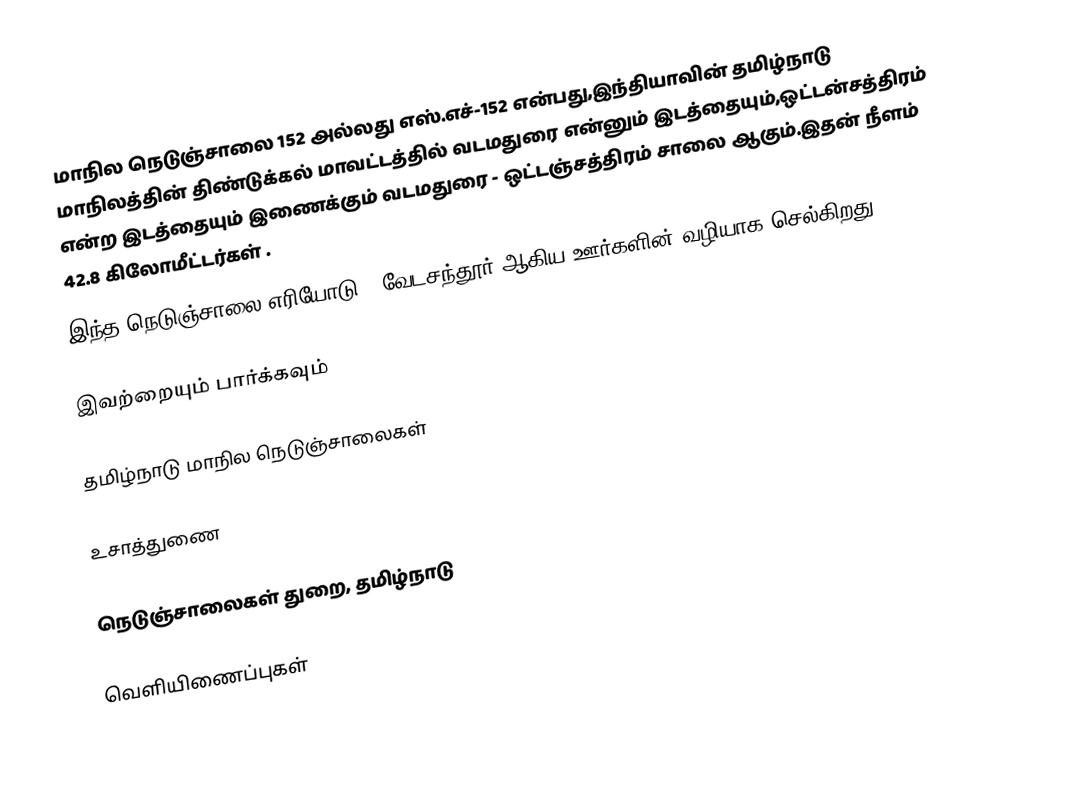
மாநில நெடுஞ்சாலை 152 அல்லது எஸ்.எச்-152  என்பது,இந்தியாவின் தமிழ்நாடு மாநிலத்தின்  திண்டுக்கல் மாவட்டத்தில்  வடமதுரை  என்னும் இடத்தையும்,ஒட்டன்சத்திரம்  என்ற இடத்தையும் இணைக்கும் வடமதுரை - ஒட்டஞ்சத்திரம் சாலை ஆகும்.இதன் நீளம் 42.8  கிலோமீட்டர்கள் .
இந்த நெடுஞ்சாலை எரியோடு , வேடசந்தூர் ஆகிய ஊர்களின் வழியாக செல்கிறது.

இவற்றையும் பார்க்கவும்

 தமிழ்நாடு மாநில நெடுஞ்சாலைகள்

உசாத்துணை

 நெடுஞ்சாலைகள் துறை, தமிழ்நாடு

வெளியிணைப்புகள்